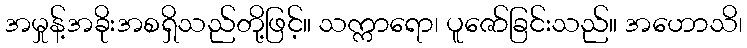
အမှုန့်အခိုးအစရှိသည်တို့ဖြင့်။ သက္ကာရော၊ ပူဇော်ခြင်းသည်။ အဟောသိ၊